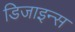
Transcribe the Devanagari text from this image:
डिजाइन्स